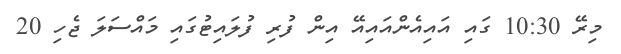
މިރޭ 10:30 ގައި އައިއެންއައިއޭ އިން ފުރި ފުލައިޓުގައި މައްސަލަ ޖެހި 20